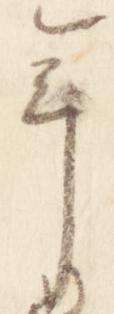
年